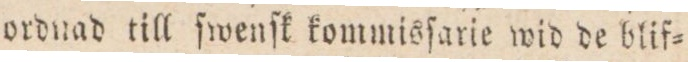
ordnad till ſwenſk kommisſarie wid de blif=